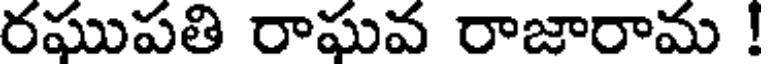
రఘుపతి రాఘవ రాజారామ !